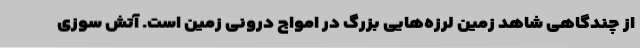
از چندگاهی شاهد زمین لرزه‌هایی بزرگ در امواج درونی زمین است. آتش سوزی